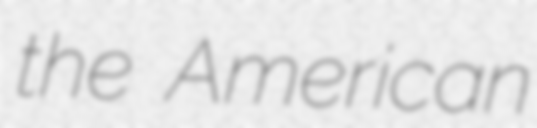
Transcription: the American